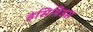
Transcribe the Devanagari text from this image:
इंसिपिडस